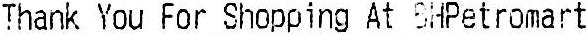
THANK YOU FOR SHOPPING AT SHPETROMART